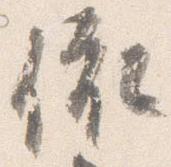
依